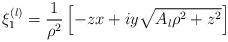
LaTeX: \begin{align*}\xi_1^{\left(l\right)}=\frac{1}{\rho^2}\left[-zx+iy\sqrt{A_l\rho^2+z^2}\right]\end{align*}